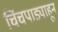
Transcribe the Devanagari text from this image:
चिंचपाड्याहून